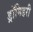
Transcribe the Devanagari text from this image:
ड्रॉमिडरी